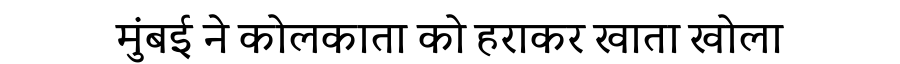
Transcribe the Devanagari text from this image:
मुंबई ने कोलकाता को हराकर खाता खोला